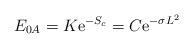
LaTeX: \begin{align*}E_{0A}= K {\rm e}^{-S_c}=C{\rm e}^{-\sigma L^2}\end{align*}